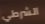
الشرطي